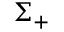
\Sigma _ { + }